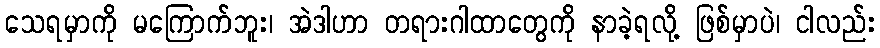
သေရမှာကို မကြောက်ဘူး၊ အဲဒါဟာ တရားဂါထာတွေကို နာခဲ့ရလို့ ဖြစ်မှာပဲ၊ ငါလည်း